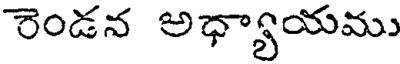
రెండన అధ్యాయము